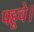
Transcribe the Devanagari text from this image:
पहूचे।